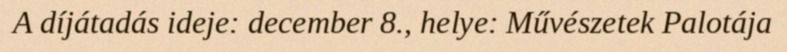
A díjátadás ideje: december 8., helye: Művészetek Palotája